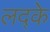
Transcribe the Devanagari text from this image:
लद्के